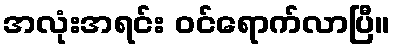
အလုံးအရင်း ဝင်ရောက်လာပြီ။